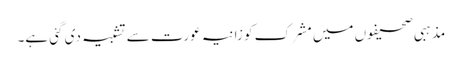
مذہبی صحیفوں میں مشرک کو زانیہ عورت سے تشبیہ دی گئی ہے۔